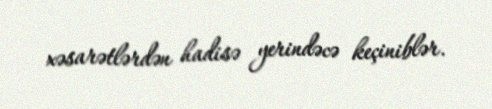
xəsarətlərdən hadisə yerindəcə keçiniblər.